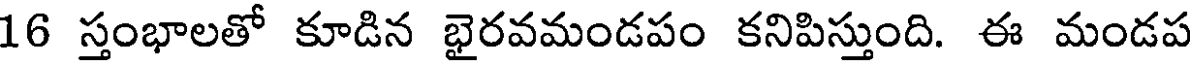
16 స్తంభాలతో కూడిన భైరవమండపం కనిపిస్తుంది. ఈ మండప